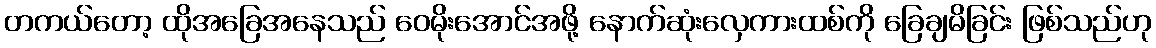
တကယ်တော့ ထိုအခြေအနေသည် ဝေမိုးအောင်အဖို့ နောက်ဆုံးလှေကားထစ်ကို ခြေချမိခြင်း ဖြစ်သည်ဟု